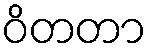
ဝိတတာ